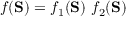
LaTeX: f ( \mathbf { S } ) = f _ { 1 } ( \mathbf { S } ) ~ f _ { 2 } ( \mathbf { S } )